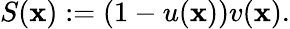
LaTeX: S(\mathbf x):=(1-u(\mathbf x))v(\mathbf x).